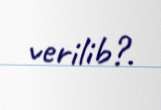
verilib?.